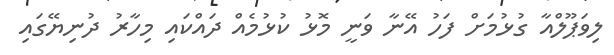
ލިވަޕޫލްއާ ގުޅުމަށް ފަހު އޭނާ ވަނީ މޮޅު ކުޅުމެއް ދައްކައި މިހާރު ދުނިޔޭގައި